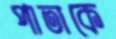
পাতাকে